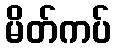
မိတ်ကပ်